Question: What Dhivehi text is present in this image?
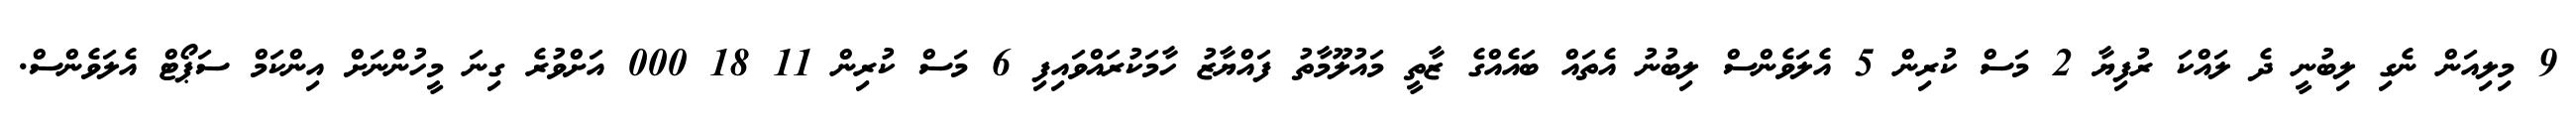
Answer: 9 މިލިއަން ނެގި ލިބުނީ ދެ ލައްކަ ރުފިޔާ 2 މަސް ކުރިން 5 އެލަވެންސް ލިބުނު އެތައް ބައެއްގެ ޒާތީ މައުލޫމާތު ފައްޔާޒު ހާމަކުރައްވައިފި 6 މަސް ކުރިން 11 18 000 އަށްވުރެ ގިނަ މީހުންނަށް އިންކަމް ސަޕޯޓް އެލަވެންސް.